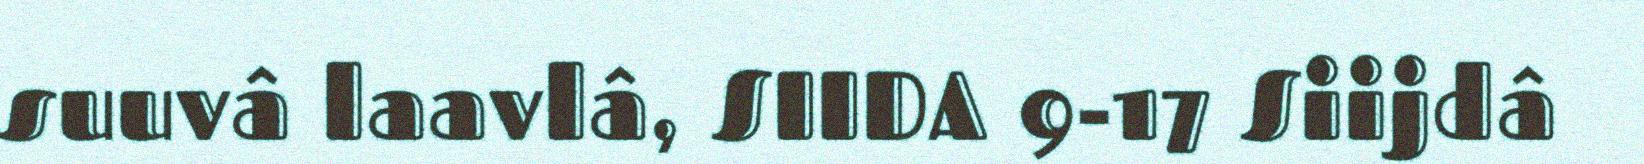
suuvâ laavlâ, SIIDA 9-17 Siijdâ